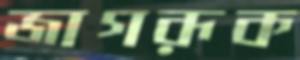
জাগরূক